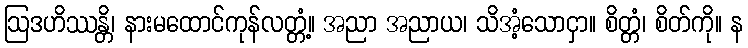
ဩဒဟိဿန္တိ၊ နားမထောင်ကုန်လတ္တံ့။ အညာ အညာယ၊ သိအံ့သောငှာ။ စိတ္တံ၊ စိတ်ကို။ န